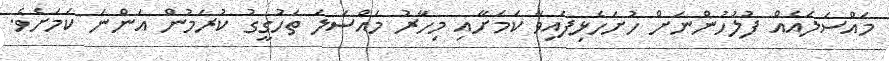
މައްސަލައެއް ފުލުހުންނަށް ހުށަހެޅިފައިވާ ކަމަށާއި މިހާރު މައްސަލަ ތަހުގީގު ކުރަމުން އަންނަ ކަމަށެވެ.